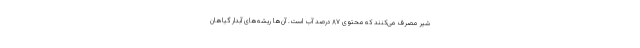
شیر مصرف می‌کنند که محتوی ۸۷ درصد آب است. آن‌ها ریشه‌های آبدار گیاهان